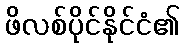
ဖိလစ်ပိုင်နိုင်ငံ၏